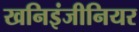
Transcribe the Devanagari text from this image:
खनिइंजीनियर